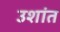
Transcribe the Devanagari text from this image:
उशांत